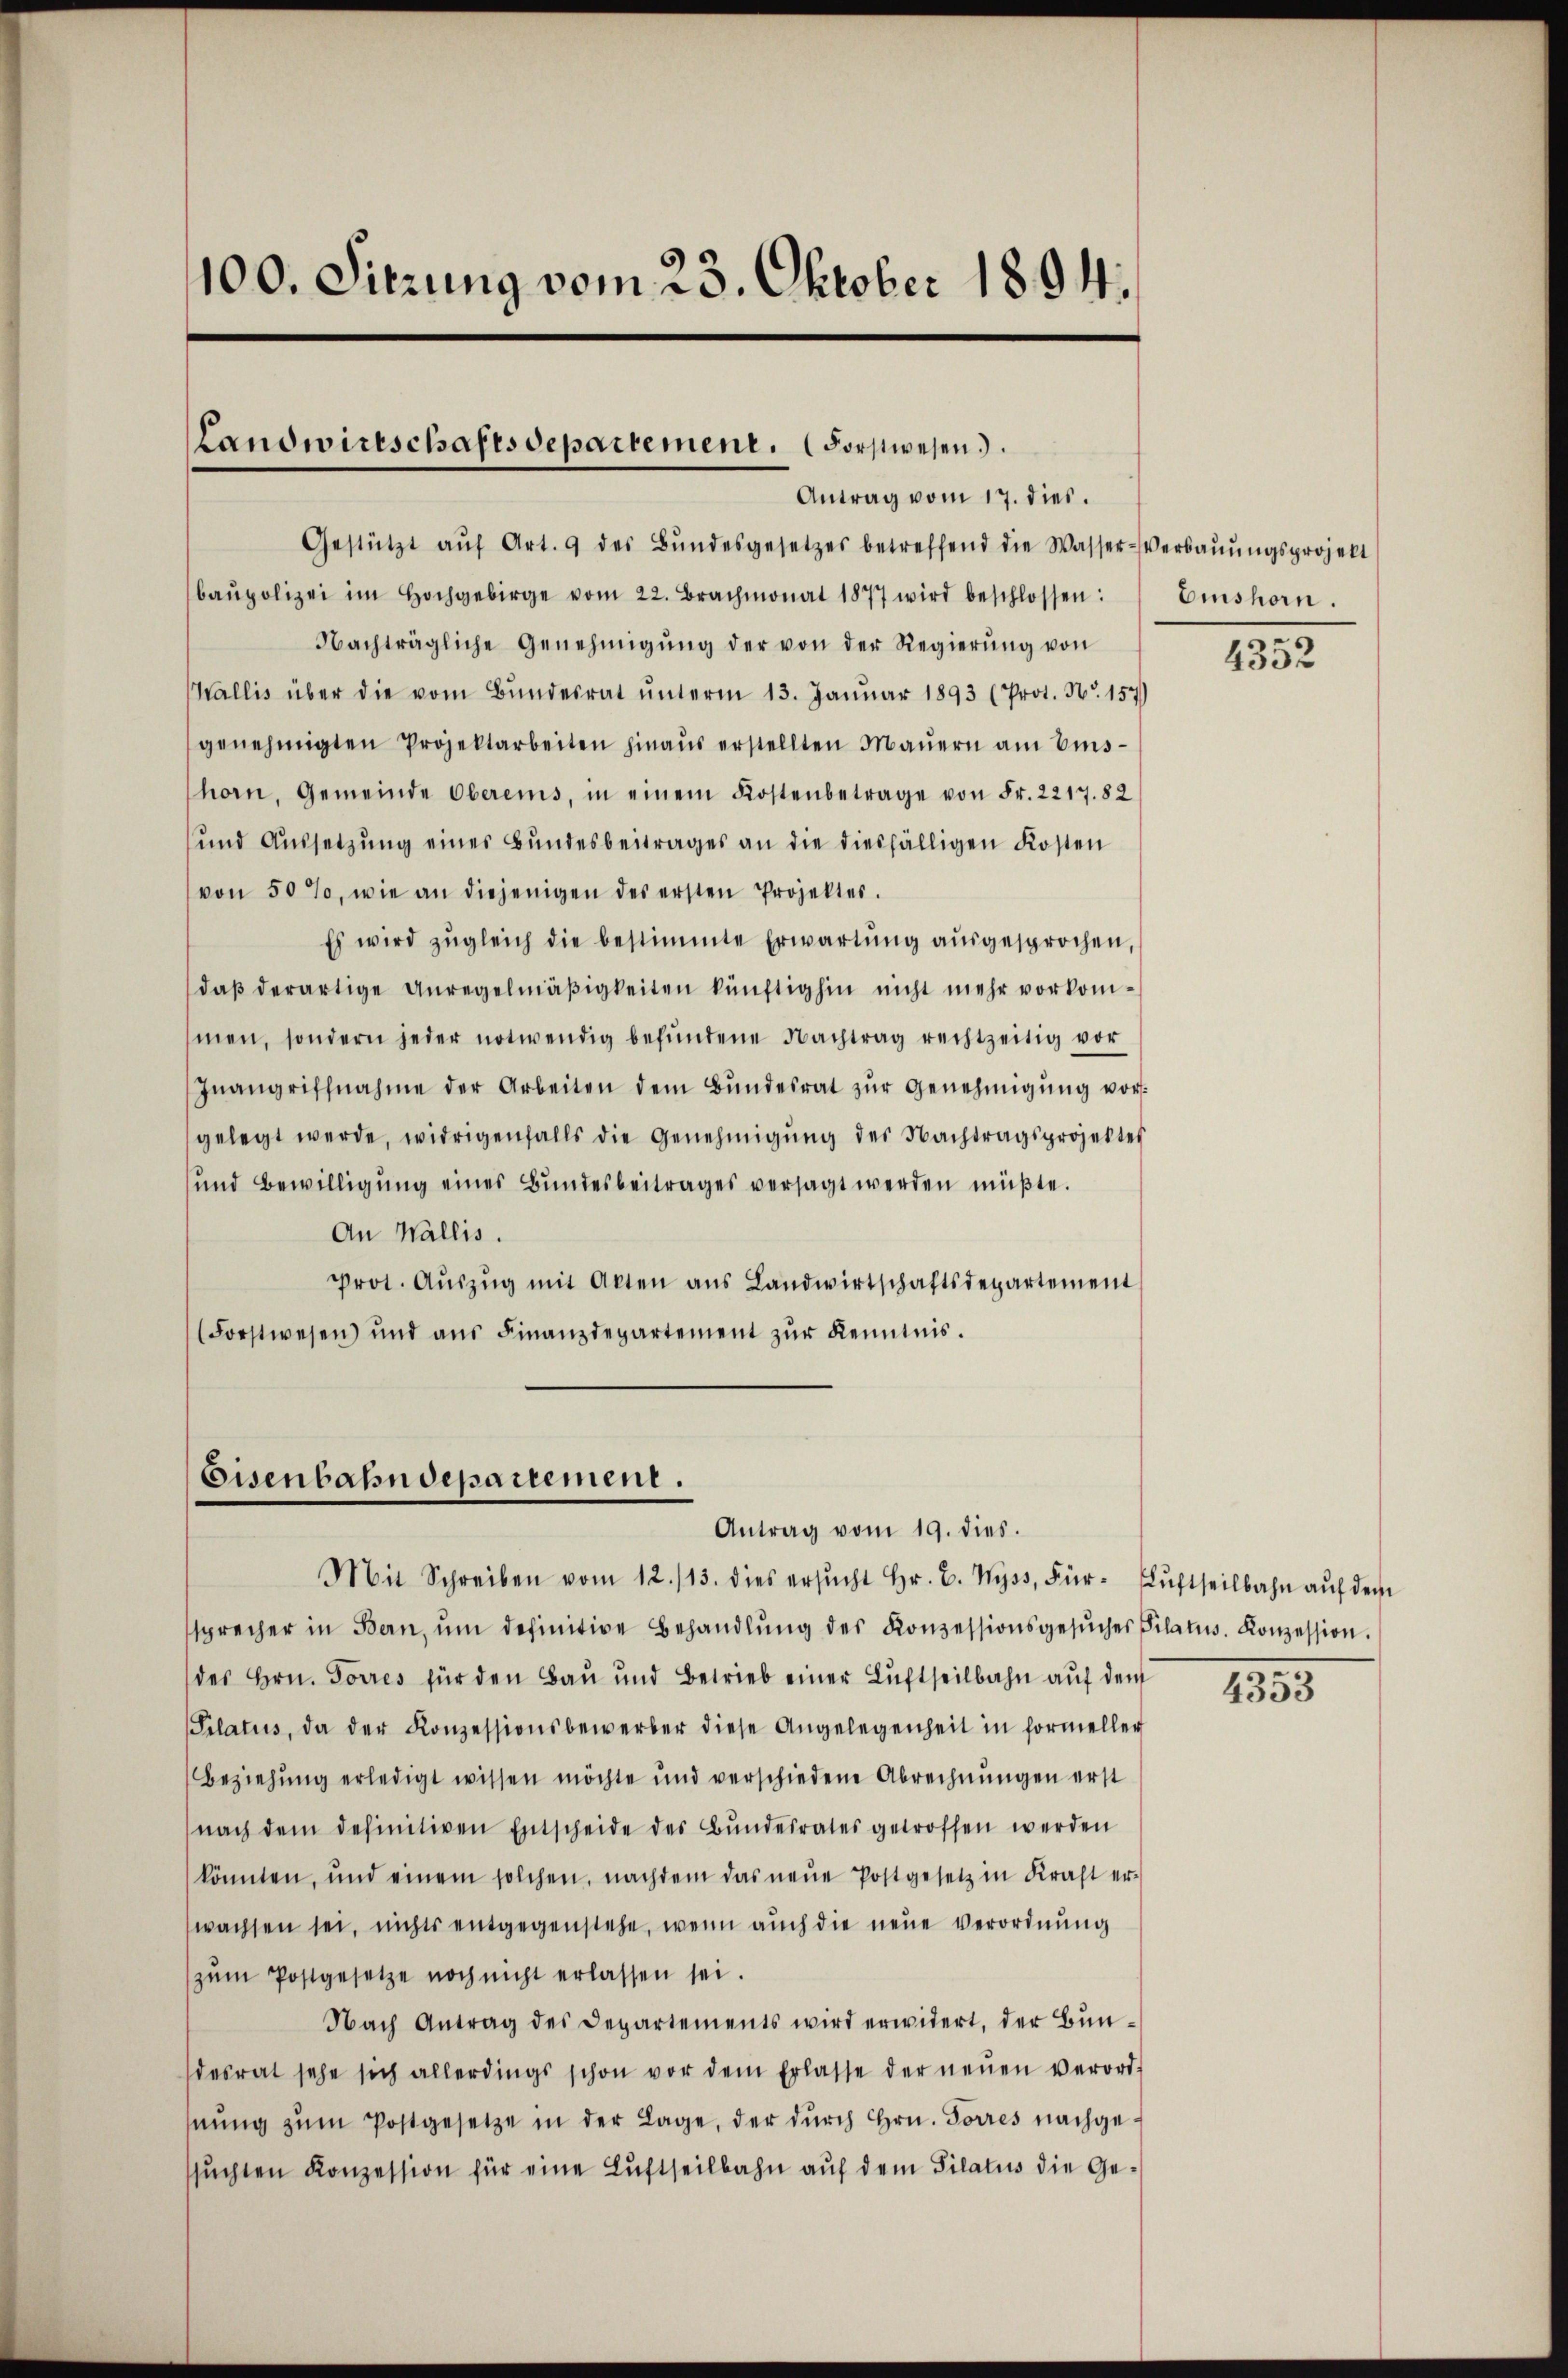
100. Sitzung vom 23. Oktober 1894.

Landwirtschaftsdepartement. (Forstwesen.
Antrag vom 17. dies.

Gestützt aŭf Art. 9 des Bŭndesgesetzes betreffend die Wasser-Verbaŭŭngsprojekt
baŭpolizei im Hochgebirge vom 22. Brachmonat 1877 wird beschlossen:
Nachträgliche Genehmigŭng der von der Regierŭng von
Wallis über die vom Bŭndesrat ŭnterm 13. Januar 1893 (Prot. Nr. 157)
genehmigten Projektarbeiten hinaŭs erstellten Maŭern am Eis-
horn, Gemeinde Obereins, in einem Kostenbetrage von Fr. 2217. 82
und Aŭssetzŭng eines Bŭndesbeitrages an die diesfälligen Kosten
von 50 %, wie an diejenigen des ersten Projektes.
Es wird zŭgleich die bestimmte Erwartŭng aŭsgesprochen,
daβ derartige Anregelmäβigkeiten künftighin nicht mehr vorkommen, sondern jeder notwendig befŭndene Nachtrag rechtzeitig vor
Inangriffnahme der Arbeiten dem Bŭndesrat zŭr Genehmigŭng vor-
gelegt werde, widrigenfalls die Genehmigŭng der Nachtragsprojektes
und Bewilligŭng eines Bundesbeitrages versagt werden müßte.
An Wallis.
prot. Aŭszŭg mit Akten ans Landwirtschaftsdepartement
(Forstwesen) und aŭs Finanzdepartement zŭr Kenntnis.

Eisenbahndepartement.
Antrag vom 19. dies.
Mit Schreiben vom 12./13. dies ersŭcht Hr. C. Wyss, Für- Lŭftseilbahn aŭf dem

sprecher in Bern, ŭm definitive Behandlŭng des Konzessionsgesŭches Pilatus. Konzession.
des Hrn. Forres für den Bau und Betrieb einer Luftheilbahn auf dem
Pilatus, da der Konzessionsbewerber diese Angelegenheit in formeller
Beziehŭng erledigt wissen möchte und verschiedene Abrechnŭngen erst
nach dem definitiven Entscheide des Bŭndesrates getroffen werden
könnten, und einem solchen, nachdem das neŭe Postgesetz in Kraft er-
wachsen sei, nichts entgegenstehe, wenn auch die neue Verordnung
zŭm Postgesetze noch nicht erlassen sei.
Nach Antrag des Departements wird erwidert, der Bun-
desrat sehe sich allerdings schon vor dem Erlasse der neŭen Verord-
nŭng zŭm Postgesetze in der Lage, der durch Hrn. Forres nachgesŭchten Konzession für eine Luftseilbahn auf dem Pilatus die Ge¬

Emshorn.

4352

4353